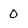
Character: 0